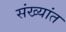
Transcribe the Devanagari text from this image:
संख्यांत